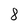
Character: 8